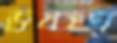
উচ্চপ